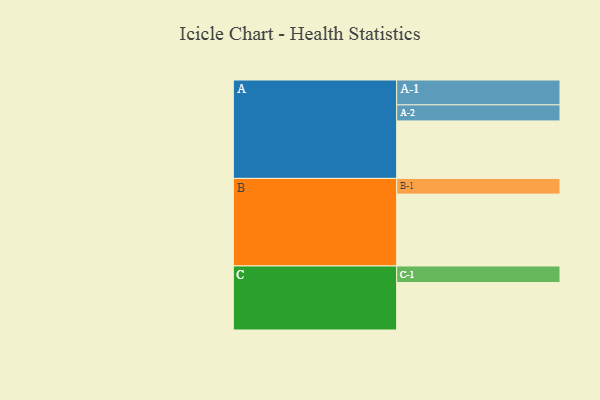
{"axis": {"x": "Segment", "y": "Value"}, "legend": ["", "A", "B", "C"], "data": [{"x": "A", "y": 465, "type": ""}, {"x": "B", "y": 581, "type": ""}, {"x": "C", "y": 384, "type": ""}, {"x": "A-1", "y": 201, "type": "A"}, {"x": "A-2", "y": 130, "type": "A"}, {"x": "B-1", "y": 127, "type": "B"}, {"x": "C-1", "y": 134, "type": "C"}]}